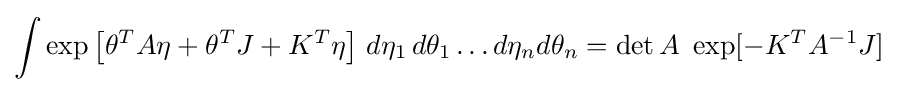
\int \exp \left[\theta ^{T}A\eta +\theta ^{T}J+K^{T}\eta \right]\,d\eta _{1}\,d\theta _{1}\dots d\eta _{n}d\theta _{n}=\det A\,\,\exp[-K^{T}A^{-1}J]